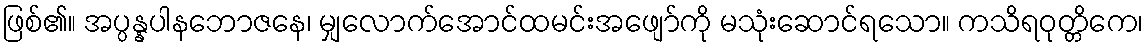
ဖြစ်၏။ အပ္ပန္နပါနဘောဇနေ၊ မျှလောက်အောင်ထမင်းအဖျော်ကို မသုံးဆောင်ရသော။ ကသိရဝုတ္တိကေ၊